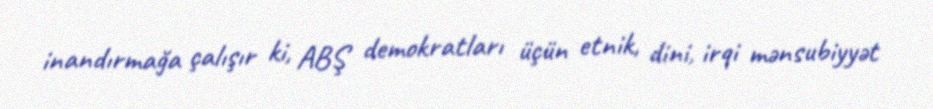
inandırmağa çalışır ki, ABŞ demokratları üçün etnik, dini, irqi mənsubiyyət